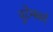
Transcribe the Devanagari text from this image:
वुटेमबर्ग